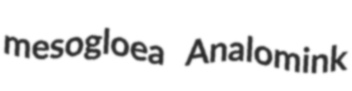
mesogloea Analomink